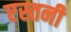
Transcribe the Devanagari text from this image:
एस्तनी